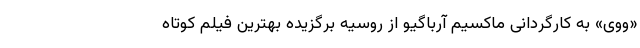
«ووی» به کارگردانی ماکسیم آرباگیو از روسیه برگزیده بهترین فیلم کوتاه